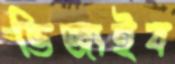
ভিজাইব